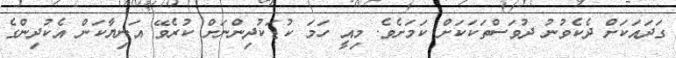
ގަދައަކަށް ދެކެވުނު ދުވަސްތަކަކަށް ކަމަށެވެ. މިއީ ހަމަ ކުޑަކުދިންނަށް ކުރެވޭ އަނިޔާކަން އެކުދިންގެ